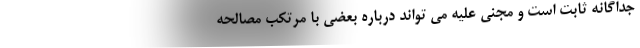
جداگانه ثابت است و مجنی علیه می تواند درباره بعضی با مرتکب مصالحه